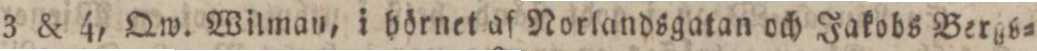
3 & 4, Qw. Wilman, i hörnet af Norlandsgatan och Jakobs Bergs=